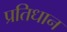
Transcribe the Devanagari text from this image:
प्रतिधान